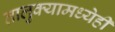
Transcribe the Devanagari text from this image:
तालुक्यामध्येही